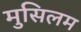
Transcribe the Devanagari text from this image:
मुसिलम